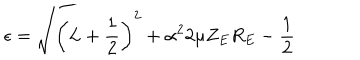
\epsilon = \sqrt { \left( L + \frac 1 2 \right) ^ { 2 } + \alpha ^ { 2 } 2 \mu Z _ { E } R _ { E } } - \frac 1 2